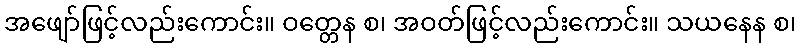
အဖျော်ဖြင့်လည်းကောင်း။ ဝတ္တေန စ၊ အဝတ်ဖြင့်လည်းကောင်း။ သယနေန စ၊